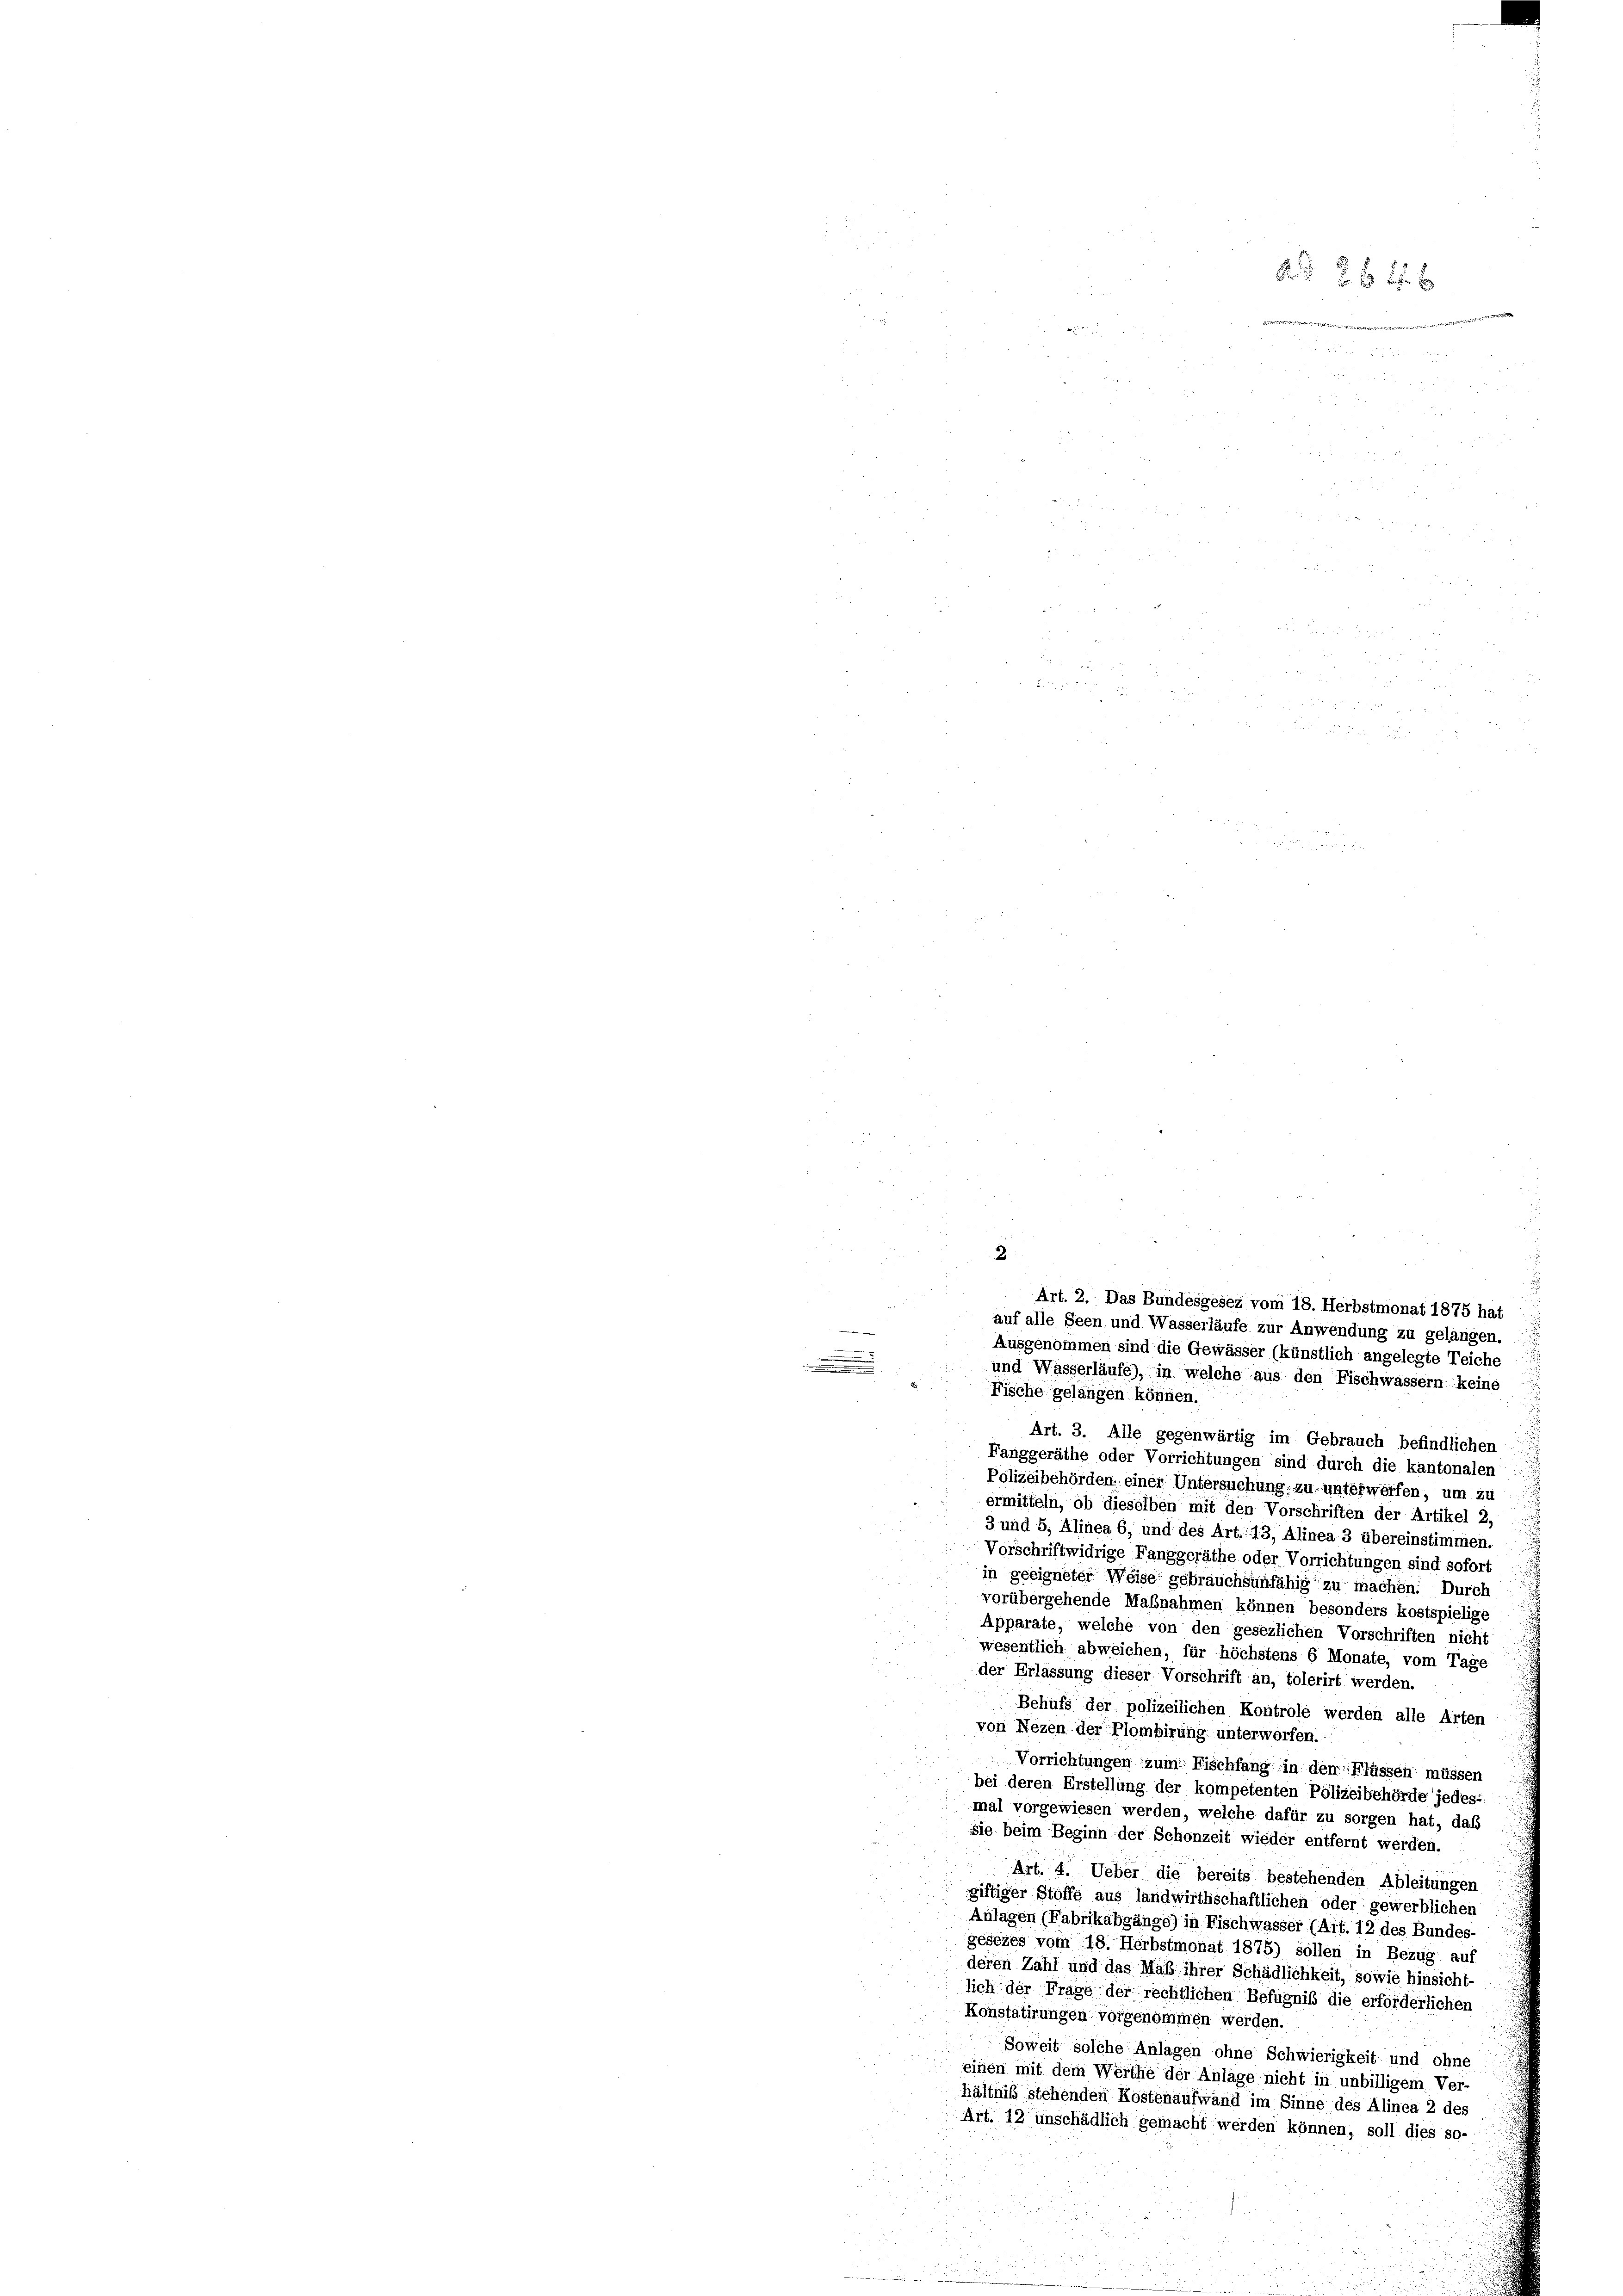
2.
Art. 2. Das Bundesgesez vom 18. Herbstmonat 1875 hat
auf alle Seen und Wasserläufe zur Anwendung zu gelangen.
warme
.
Ausgenommen sind die Gewässer (künstlich angelegte Teiche
.
u
und Wasserläufe), in welche aus den Fischwassern keine
Fische gelangen können.

2 f 0 x

533

Art. 3. Alle gegenwärtig im Gebrauch befindlichen
Fanggeräthe oder Vorrichtungen sind durch die kantonalen
Polizeibehörden, einer Untersuchung, zu unterwerfen, um zu
ermitteln, ob dieselben mit den Vorschriften der Artikel 2,
3 und 5, Alinea 6, und des Art. 13, Alinea 3 übereinstimmen.
Vorschriftwidrige Fanggeräthe oder Vorrichtungen sind sofort
in geeigneter Weise gebrauchsunfähig zu machen. Durch
vorübergehende Maßnahmen können besonders kostspielige
Apparate, welche von den gesezlichen Vorschriften nicht
wesentlich abweichen, für höchstens 6 Monate, vom Tage
der Erlassung dieser Vorschrift an, tolerirt werden.
Behufs der polizeilichen Kontrole werden alle Arten
von Nezen der Plombirung unterworfen.
Vorrichtungen zum Fischfang in den Flüssen müssen
bei deren Erstellung der kompetenten Polizeibehörde jedes-
mal vorgewiesen werden, welche dafür zu sorgen hat, daß
sie beim Beginn der Schonzeit wieder entfernt werden.
Art. 4. Ueber die bereits bestehenden Ableitungen
giftiger Stoffe aus landwirthschaftlichen oder gewerblichen
Anlagen (Fabrikabgänge) in Fischwasser (Ait. 12 des Bundes-
gesezes vom 18. Herbstmonat 1875) sollen in Bezug auf
deren Zahl und das Maß ihrer Schädlichkeit, sowie hinsicht-
lich der Frage der rechtlichen Befugnis die erforderlichen
Konstatirungen vorgenommen werden.
Soweit solche Anlagen ohne Schwierigkeit- und ohne
einen mit dem Werthe der Anlage nicht in unbilligem Ver-
hältniß stehenden Kostenaufwand im Sinne des Alinea 2 des
Art. 12 unschädlich gemacht werden können, soll dies so-